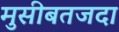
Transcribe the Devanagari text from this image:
मुसीबतजदा